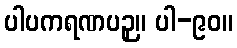
ပါပကရဏပဉှ။ ပါ-၉၀။